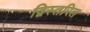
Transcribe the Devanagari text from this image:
द्विस्तरित